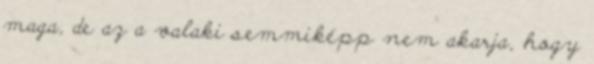
maga, de az a valaki semmiképp nem akarja, hogy